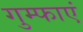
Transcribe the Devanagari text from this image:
गुम्फाएं